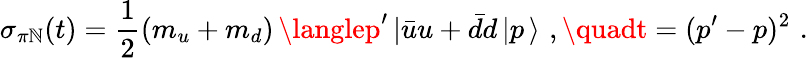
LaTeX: \sigma_{\pi\mathbb{N}}(t)=\frac{{1}}{{2}}(m_{u}+m_{d})\, \langlep^{\prime}\, |\bar{{u}}u+\bar{{d}}d\, |p\, \rangle\, \, ,\quadt=(p^{\prime}-p)^{2}\, \, .